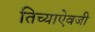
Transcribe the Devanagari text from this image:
तिच्याऐवजी